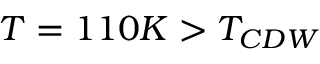
T = 1 1 0 K > T _ { C D W }